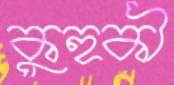
কুহুকী